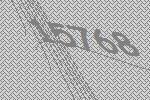
15768